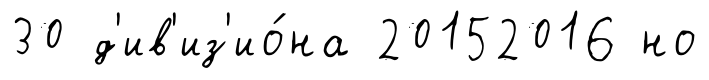
30 д'ив'из'ио́на 20152016 но